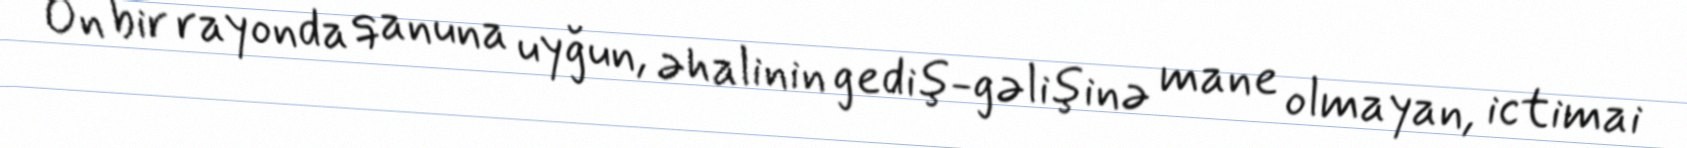
On bir rayonda qanuna uyğun, əhalinin gediş-gəlişinə mane olmayan, ictimai